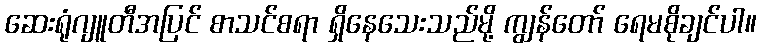
ဆေးရုံဂျူတီအပြင် စာသင်စရာ ရှိနေသေးသည်မို့ ကျွန်တော် ရေမစိုချင်ပါ။